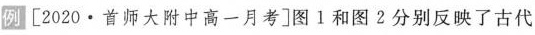
例[2020·首师大附中高一月考]图1和图2分别反映了古代